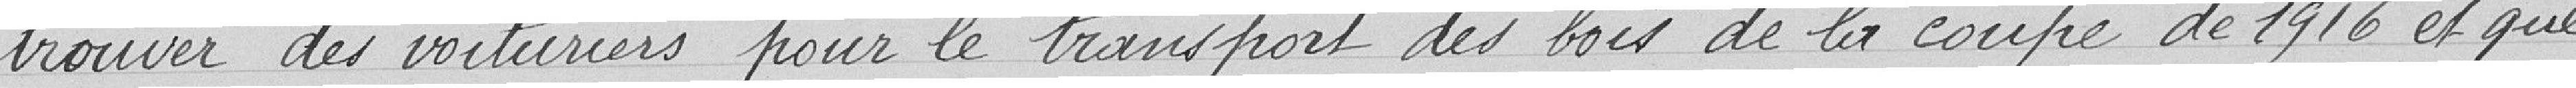
trouver des voituriers pour le transport des bois de la coupe de 1916 et que